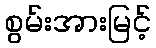
စွမ်းအားမြင့်